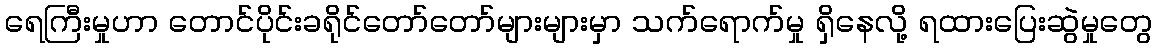
ရေကြီးမှုဟာ တောင်ပိုင်းခရိုင်တော်တော်များများမှာ သက်ရောက်မှု ရှိနေလို့ ရထားပြေးဆွဲမှုတွေ